画像に写った文字を読んでください
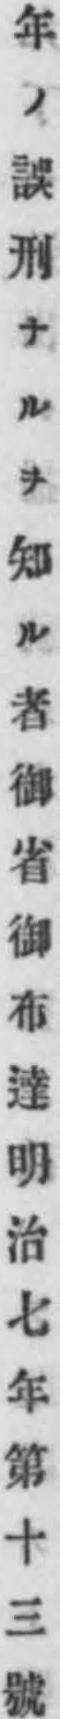
「年ノ誤刑ナルヲ知ル者御省御布達明治七年第十三號」と書いてあります